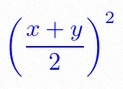
\left(\frac{x+y}{2}\right)^2